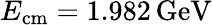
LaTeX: E_{\mathrm{cm}}=1.982\, \mathrm{GeV}